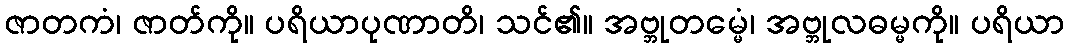
ဇာတကံ၊ ဇာတ်ကို။ ပရိယာပုဏာတိ၊ သင်၏။ အဗ္ဘုတမ္မေံ၊ အဗ္ဘုလဓမ္မကို။ ပရိယာ